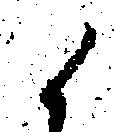
候